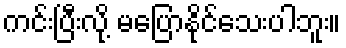
ကင်းပြီးလို့ မပြောနိုင်သေးပါဘူး။